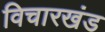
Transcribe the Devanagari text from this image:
विचारखंड